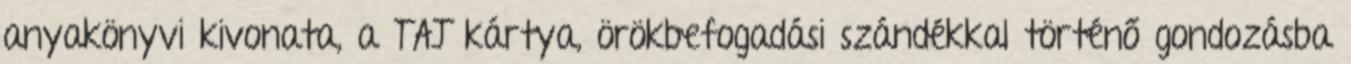
anyakönyvi kivonata, a TAJ kártya, örökbefogadási szándékkal történő gondozásba